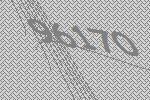
96170